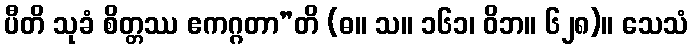
ပီတိ သုခံ စိတ္တဿ ဧကဂ္ဂတာ”တိ (ဓ။ သ။ ၁၆၁၊ ဝိဘ။ ၆၂၈)။ သေသံ